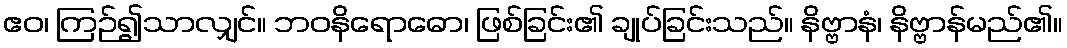
ဧဝ၊ ကြဉ်၍သာလျှင်။ ဘဝနိရောဓော၊ ဖြစ်ခြင်း၏ ချုပ်ခြင်းသည်။ နိဗ္ဗာနံ၊ နိဗ္ဗာန်မည်၏။